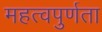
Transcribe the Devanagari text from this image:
महत्वपुर्णता